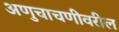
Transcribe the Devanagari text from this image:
अणुचाचणीवरील